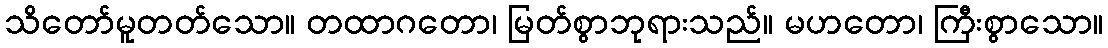
သိတော်မူတတ်သော။ တထာဂတော၊ မြတ်စွာဘုရားသည်။ မဟတော၊ ကြီးစွာသော။